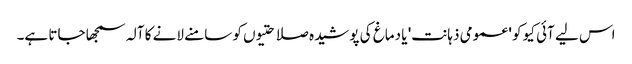
اس لیے آئی کیو کو 'عمومی ذہانت' یا دماغ کی پوشیدہ صلاحتیوں کو سامنے لانے کا آلہ سمجھا جاتا ہے۔